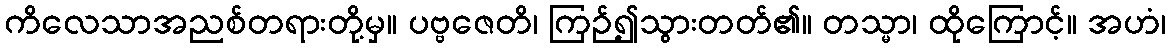
ကိလေသာအညစ်တရားတို့မှ။ ပဗ္ဗဇေတိ၊ ကြဉ်၍သွားတတ်၏။ တသ္မာ၊ ထိုကြောင့်။ အဟံ၊